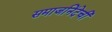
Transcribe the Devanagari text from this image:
समाजनिंदेची